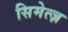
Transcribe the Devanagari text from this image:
सिमेत्ज़